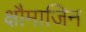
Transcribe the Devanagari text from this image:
क्षौमाजिन